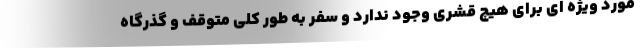
مورد ویژه ای برای هیچ قشری وجود ندارد و سفر به طور کلی متوقف و گذرگاه